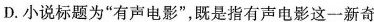
D. 小说标题为”有声电影”，既是指有声电影这一新奇